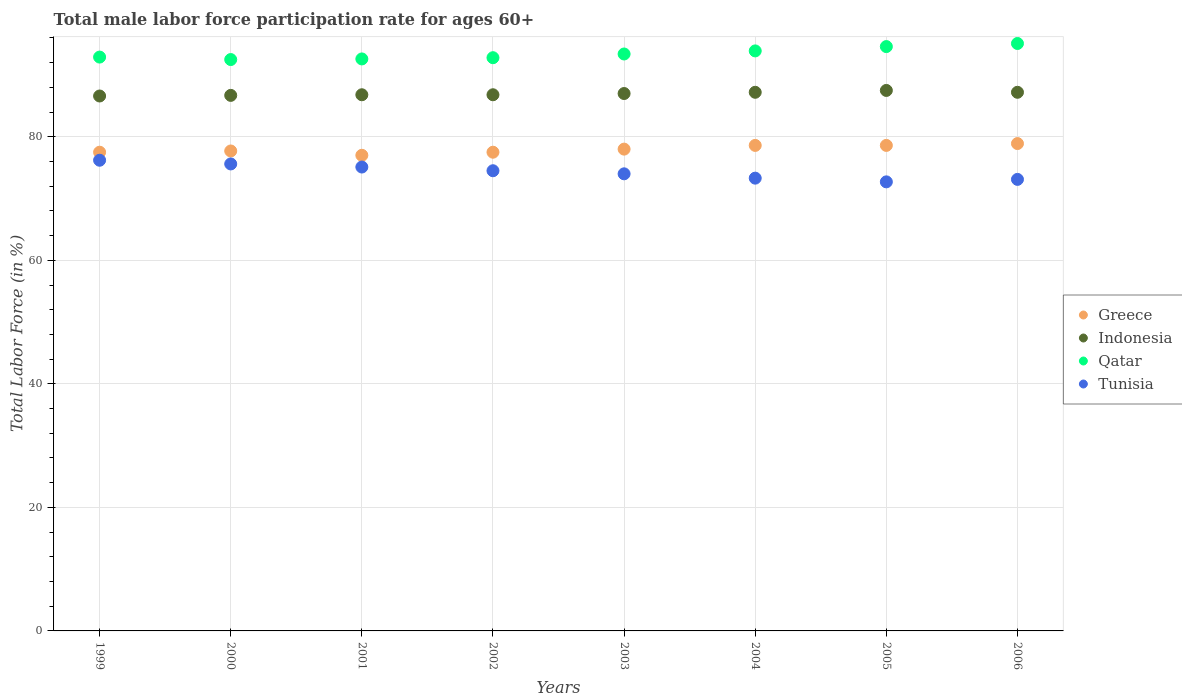
| Years | Greece | Indonesia | Qatar | Tunisia |
 | --- | --- | --- | --- | --- |
 | 1999 | 77.5 | 86.6 | 92.9 | 76.2 |
 | 2000 | 77.7 | 86.7 | 92.5 | 75.6 |
 | 2001 | 77 | 86.8 | 92.6 | 75.1 |
 | 2002 | 77.5 | 86.8 | 92.8 | 74.5 |
 | 2003 | 78 | 87 | 93.4 | 74 |
 | 2004 | 78.6 | 87.2 | 93.9 | 73.3 |
 | 2005 | 78.6 | 87.5 | 94.6 | 72.7 |
 | 2006 | 78.9 | 87.2 | 95.1 | 73.1 |